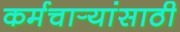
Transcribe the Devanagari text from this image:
कर्मचार्‍यांसाठी